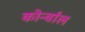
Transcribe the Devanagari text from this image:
कोर्न्वाल